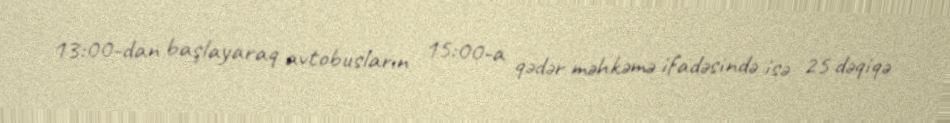
13:00-dan başlayaraq avtobusların 15:00-a qədər məhkəmə ifadəsində isə 25 dəqiqə